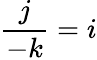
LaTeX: {\frac{j}{-k}}=i